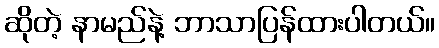
ဆိုတဲ့ နာမည်နဲ့ ဘာသာပြန်ထားပါတယ်။